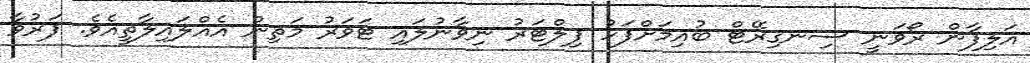
އަލިފާން ރޯވަނީ ސިނގިރޭޓް ބުއިމަށްފަހު ފިލްޓަރު ނިވާނުލައި ޓަވަރު މަތިން އެއްލައިލާތީއެވެ. ފަރުވާ